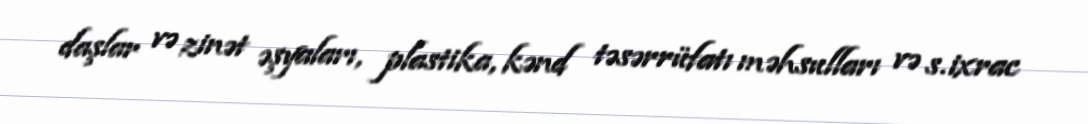
daşlar və zinət əşyaları, plastika, kənd təsərrüfatı məhsulları və s. ixrac